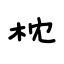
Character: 枕